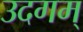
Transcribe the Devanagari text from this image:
उदगम्